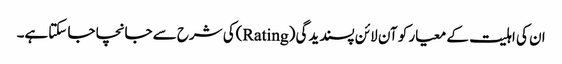
ان کی اہلیت کے معیار کو آن لائن پسندیدگی (Rating)کی شرح سے جانچا جا سکتاہے۔